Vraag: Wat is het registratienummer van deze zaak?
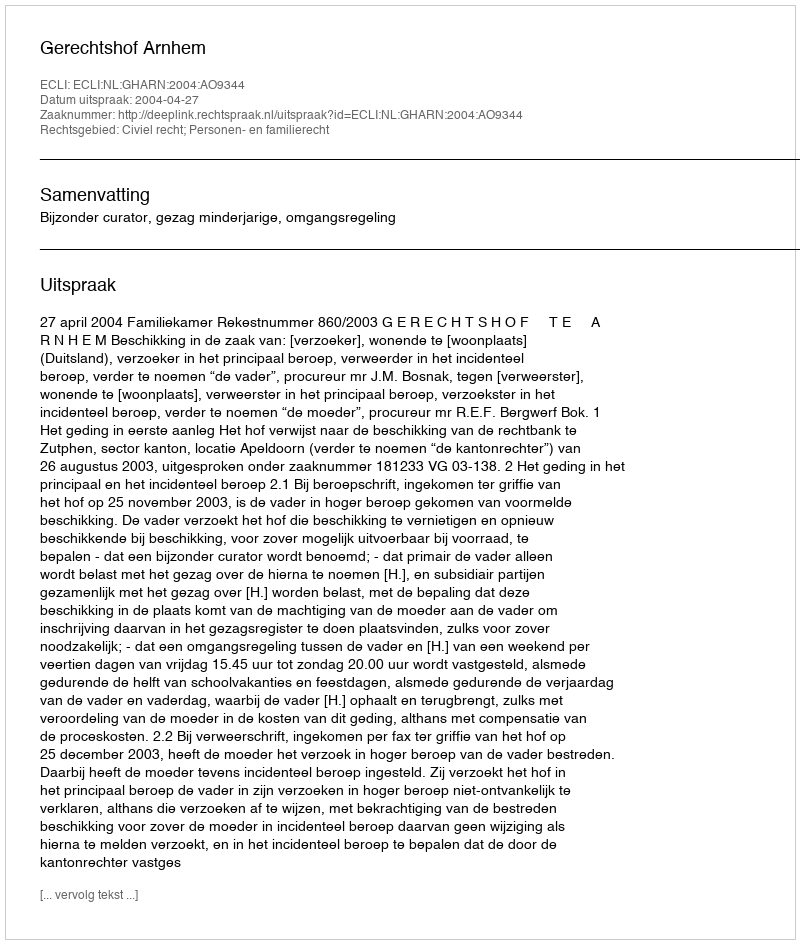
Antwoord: http://deeplink.rechtspraak.nl/uitspraak?id=ECLI:NL:GHARN:2004:AO9344